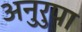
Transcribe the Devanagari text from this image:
अनुरुपा